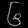
Digit: ၆